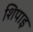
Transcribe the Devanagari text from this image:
शिपाइ